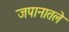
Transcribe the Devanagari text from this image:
जपानातले